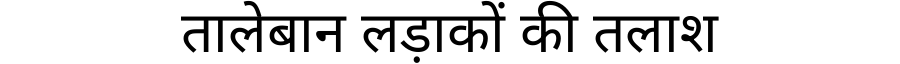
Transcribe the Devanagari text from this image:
तालेबान लड़ाकों की तलाश